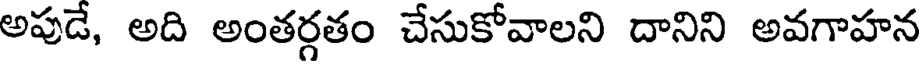
అపుడే, అది అంతర్గతం చేసుకోవాలని దానిని అవగాహన